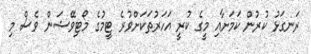
ރަނގަޅު ކުރުން ކަމަށާއި މީގެ ކުރީ އަހަރުތަކަށްވުރެ ޓީމުގެ މޯޓިވޭޝަން ވެސް މި